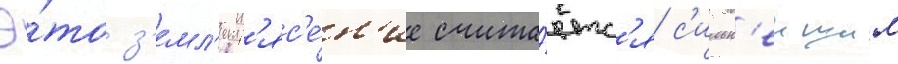
Э́то з'емл'етр'яс'е́н'ие счита́етс'я с'ильн'еишим